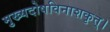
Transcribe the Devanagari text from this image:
मुख्यदोषविनाशकृत्।